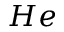
H e